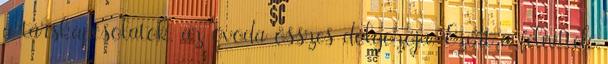
a társkapcsolatok, az óvoda összes dolgozója. Ezért a felnıttek